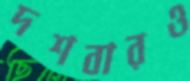
দশবারও